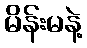
မိန်းမနဲ့